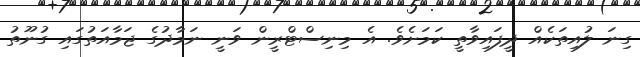
ގިނަ ލުއިތަކެއް ދީފައިވާތީ ކަމަަށެވެ. އެ މިނިސްޓްރީން ވަނީ ނަމާދުގެ ޖަމާއަތުގައި ގުނޫތު